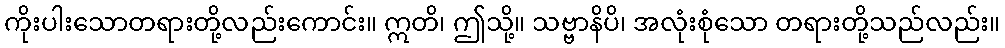
ကိုးပါးသောတရားတို့လည်းကောင်း။ ဣတိ၊ ဤသို့။ သဗ္ဗာနိပိ၊ အလုံးစုံသော တရားတို့သည်လည်း။